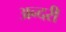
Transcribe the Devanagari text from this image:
अन्दरी